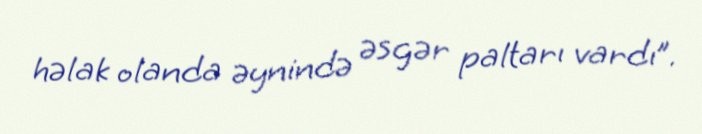
həlak olanda əynində əsgər paltarı vardı”.